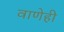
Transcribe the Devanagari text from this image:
वाणेही